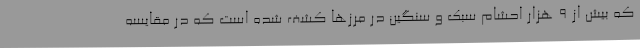
که بیش از 9 هزار احشام سبک و سنگین در مرزها کشف شده است که در مقایسه